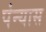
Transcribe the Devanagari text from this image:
पंन्यास